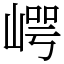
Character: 崿